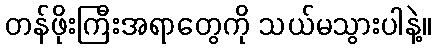
တန်ဖိုးကြီးအရာတွေကို သယ်မသွားပါနဲ့။